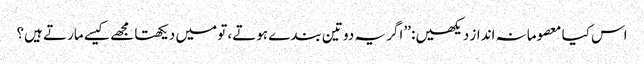
اس کیا معصومانہ انداز دیکھیں: ’’اگر یہ دو تین بندے ہوتے، تو میں دیکھتا مجھے کیسے مارتے ہیں؟